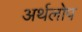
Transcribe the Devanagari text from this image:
अर्थलोप